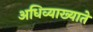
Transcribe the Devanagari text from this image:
अधिव्याख्याते